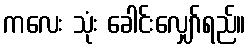
ကလေး သုံး ခေါင်းလျှော်ရည်။